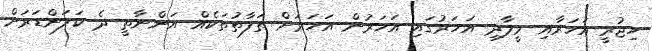
ހިޖުރީ އަހަރާއި މީލާދި އަހަރުގައި އަހަރުން އަހަރަށް ތަފާތުތަކެއް އަންނާތީ ދެ ކަލަންޑަރަށް